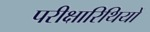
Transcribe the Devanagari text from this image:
परीक्षारिथियों